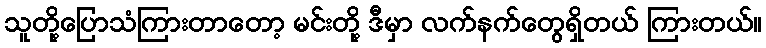
သူတို့ပြောသံကြားတာတော့ မင်းတို့ ဒီမှာ လက်နက်တွေရှိတယ် ကြားတယ်။